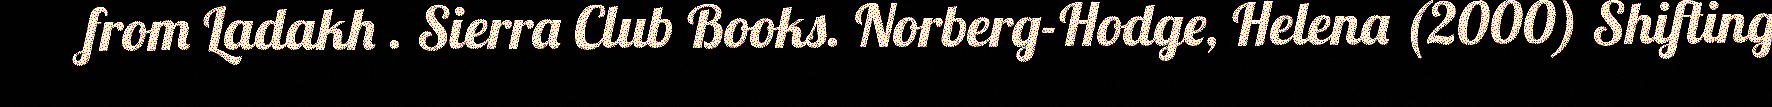
from Ladakh . Sierra Club Books. Norberg-Hodge, Helena (2000) Shifting